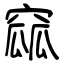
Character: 窳